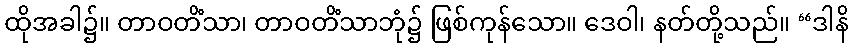
ထိုအခါ၌။ တာဝတိံသာ၊ တာဝတိံသာဘုံ၌ ဖြစ်ကုန်သော။ ဒေဝါ၊ နတ်တို့သည်။ “ဒါနိ